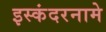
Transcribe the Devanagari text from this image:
इस्कंदरनामे